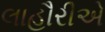
લાહૌરીએ